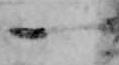
一